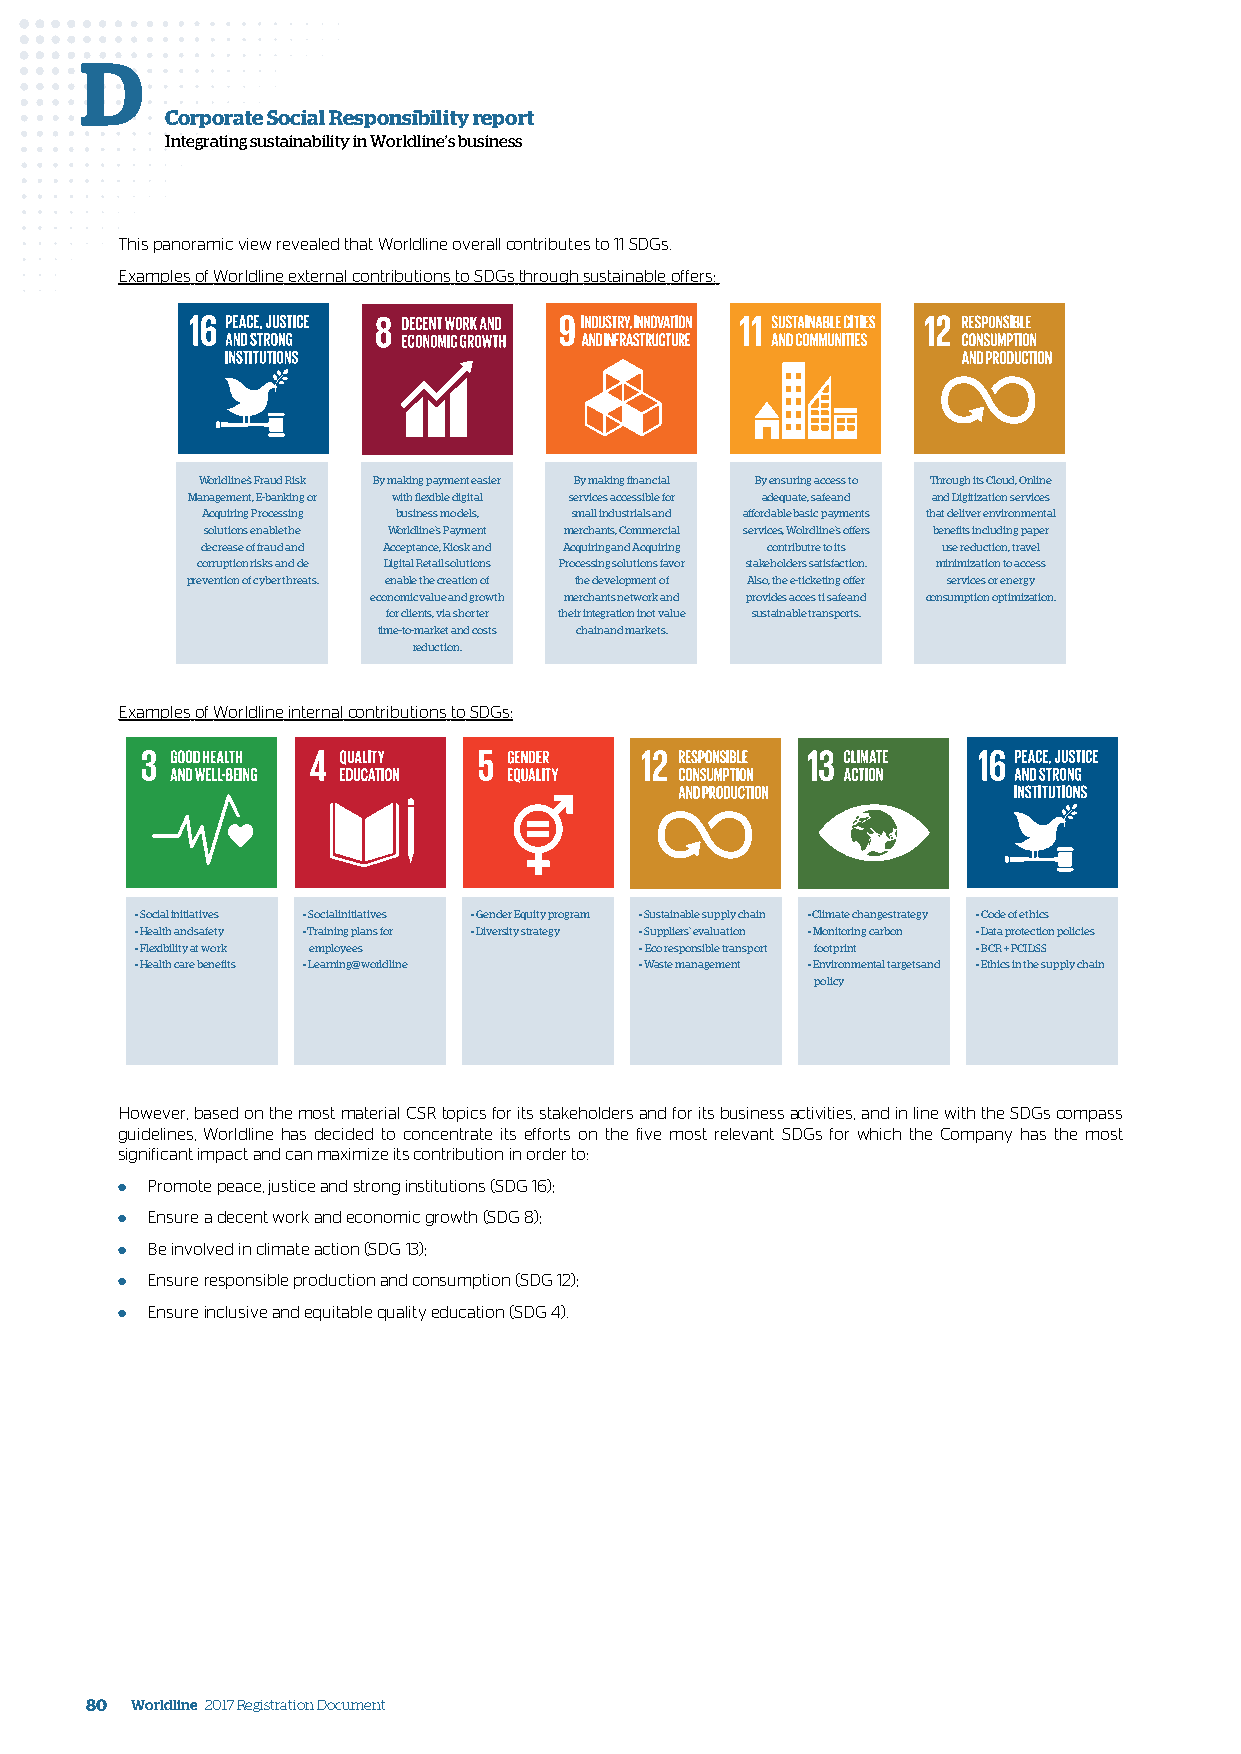
D
 Corporate Social Responsibility report
 Integrating sustainability in Worldline’s business
 This panoramic view revealed that Worldline overall contributes to 11 SDGs.
 Examples of Worldline external contributions to SDGs through sustainable offers:
 Worldline’s Fraud Risk By making payment easier By making financial By ensuring access to Through its Cloud, Online
 Management, E-banking or with flexible digital services accessible for adequate, safe and and Digitization services
 Acquiring Processing business models, small industrials and affordable basic payments that deliver environmental
 solutions enable the Worldline’s Payment merchants, Commercial services, Wolrdline’s offers benefits including paper
 decrease of fraud and Acceptance, Kiosk and Acquiring and Acquiring contributre to its use reduction, travel
 corruption risks and de Digital Retail solutions Processing solutions favor stakeholders satisfaction. minimization to access
 prevention of cyber threats. enable the creation of the development of Also, the e-ticketing offer services or energy
 economic value and growth merchants network and provides acces ti safe and consumption optimization.
 for clients, via shorter their integration inot value sustainable transports.
 time-to-market and costs chain and markets.
 reduction.
 Examples of Worldline internal contributions to SDGs:
 • Social initiatives • Social initiatives • Gender Equity program • Sustainable supply chain • Climate change strategy • Code of ethics
 • Health and safety • Training plans for • Diversity strategy • Suppliers’ evaluation • Monitoring carbon • Data protection policies
 • Flexibility at work employees  • Eco responsible transport footprint • BCR + PCIDSS
 • Health care benefits • Learning@worldline • Waste management • Environmental targets and • Ethics in the supply chain
 policy
 However, based on the most material CSR topics for its stakeholders and for its business activities, and in line with the SDGs compass
 guidelines, Worldline has decided to concentrate its efforts on the five most relevant SDGs for which the Company has the most
 significant impact and can maximize its contribution in order to:
 ● Promote peace, justice and strong institutions (SDG 16);
 ● Ensure a decent work and economic growth (SDG 8);
 ● Be involved in climate action (SDG 13);
 ● Ensure responsible production and consumption (SDG 12);
 ● Ensure inclusive and equitable quality education (SDG 4).
 80 Worldline 2017 Registration Document